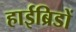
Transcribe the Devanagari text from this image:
हाईब्रिडों